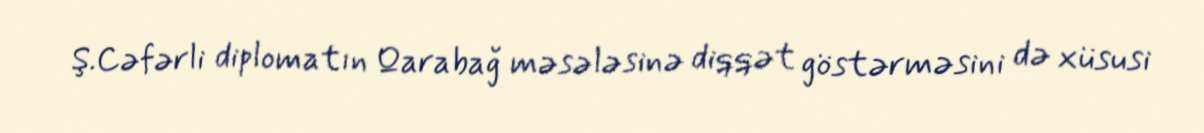
Ş.Cəfərli diplomatın Qarabağ məsələsinə diqqət göstərməsini də xüsusi